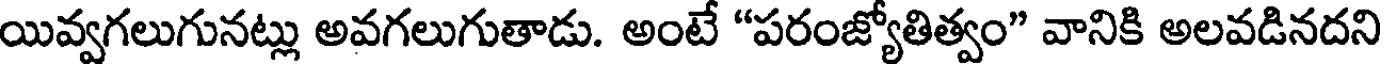
యివ్వగలుగునట్లు అవగలుగుతాడు. అంటే "పరంజ్యోతిత్వం" వానికి అలవడినదని